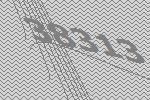
38313